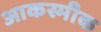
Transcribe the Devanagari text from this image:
आकस्मीक